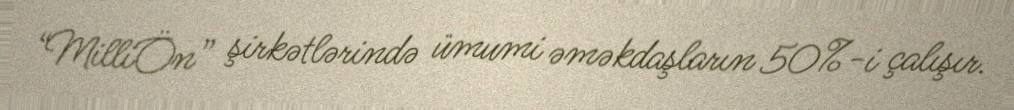
“MilliÖn” şirkətlərində ümumi əməkdaşların 50%-i çalışır.